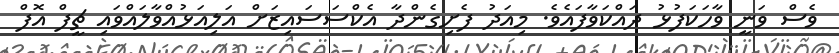
ވެސް ވަނީ ވާހަކަފުޅު ދައްކަވާފައެވެ. މިއަދު ފެށިގެންދާ އެކްސަސައިޒަށް އަލިއަޅުއްވާލައްވައި ޗީފް އޮފް